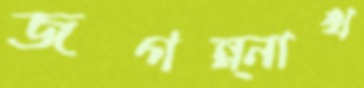
জগন্ন্নাথ